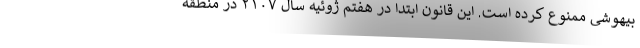
بیهوشی ممنوع کرده است. این قانون ابتدا در هفتم ژوئیه سال ۲۱۰۷ در منطقه